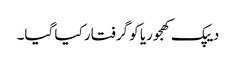
دیپک کھجوریا کو گرفتار کیا گیا۔